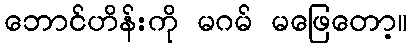
ဘောင်ဟိန်းကို မဂမ် မဖြေတော့။